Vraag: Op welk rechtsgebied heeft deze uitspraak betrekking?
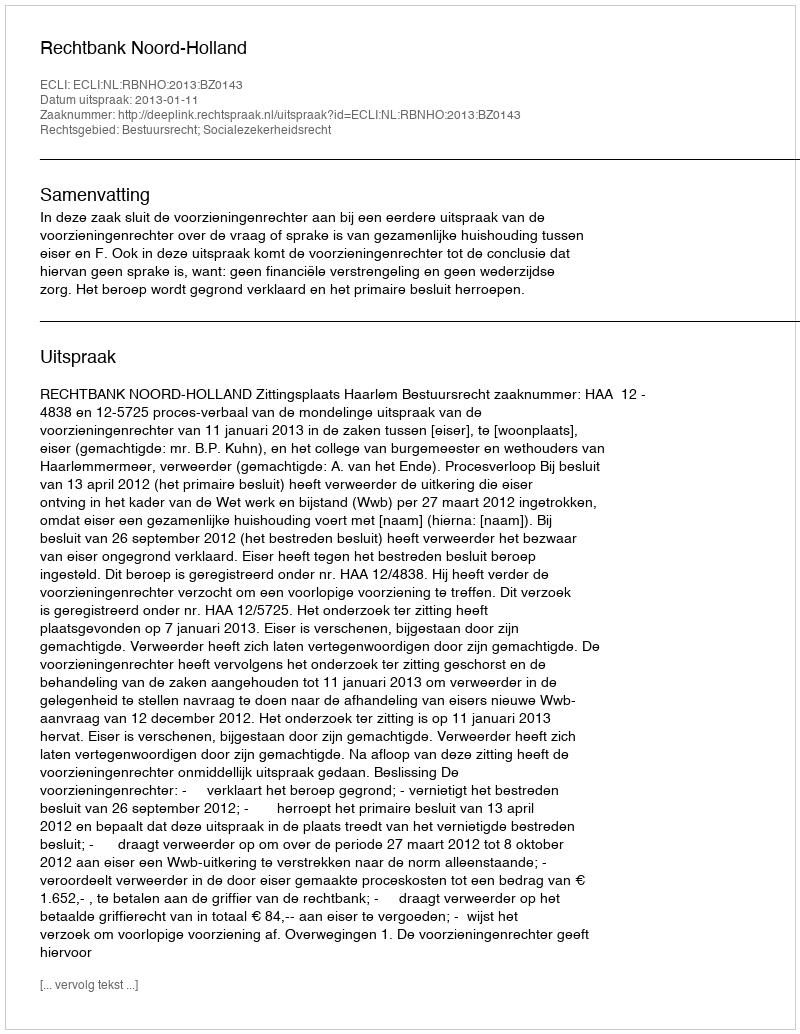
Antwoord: Bestuursrecht; Socialezekerheidsrecht